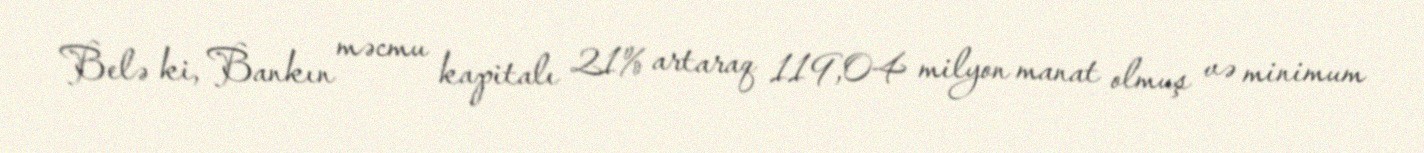
Belə ki, Bankın məcmu kapitalı 21% artaraq 119,04 milyon manat olmuş və minimum